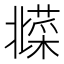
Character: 𱾦